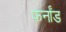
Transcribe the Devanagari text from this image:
फ़र्नांड